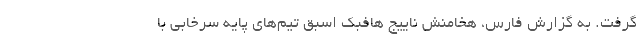
گرفت. به گزارش فارس، هخامنش ناییج هافبک اسبق تیم‌های پایه سرخابی با